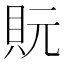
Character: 貦